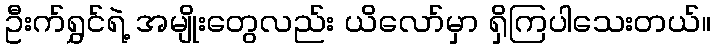
ဦးက်ရွှင်ရဲ့ အမျိုးတွေလည်း ယိလော်မှာ ရှိကြပါသေးတယ်။